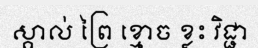
ស្គាល់ ព្រៃ ខ្មោច ខ្លះ វិជ្ជា